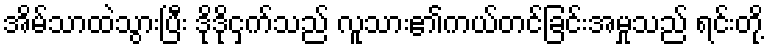
အိမ်သာထဲသွားပြီး ဒိုဒိုငှက်သည် လူသား၏ကယ်တင်ခြင်းအမှုသည် ရင်းတို့